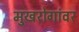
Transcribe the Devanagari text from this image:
मुखरोगांवर